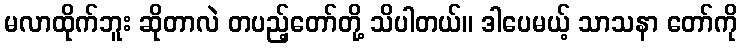
မလာထိုက်ဘူး ဆိုတာလဲ တပည့်တော်တို့ သိပါတယ်။ ဒါပေမယ့် သာသနာ တော်ကို